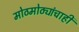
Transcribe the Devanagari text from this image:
मोठमोठ्यांचाही